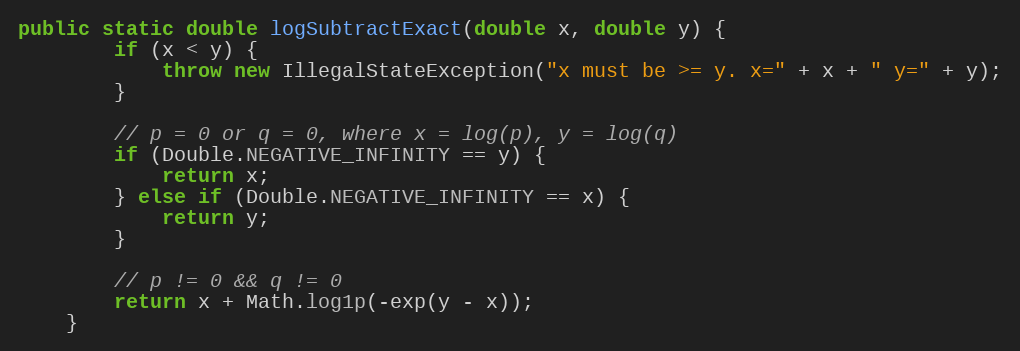
Language: Java
public static double logSubtractExact(double x, double y) {
        if (x < y) {
            throw new IllegalStateException("x must be >= y. x=" + x + " y=" + y);
        }

        // p = 0 or q = 0, where x = log(p), y = log(q)
        if (Double.NEGATIVE_INFINITY == y) {
            return x;
        } else if (Double.NEGATIVE_INFINITY == x) {
            return y;
        }

        // p != 0 && q != 0
        return x + Math.log1p(-exp(y - x));
    }